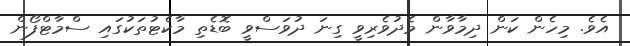
އެވެ. މިހެން ކަން ދިމާވާން މެދުވެރިވީ ގިނަ ދުވަސްވީ ބޮޑެތި މާކެޓުތަކުގައި ސްމާޓްފޯން